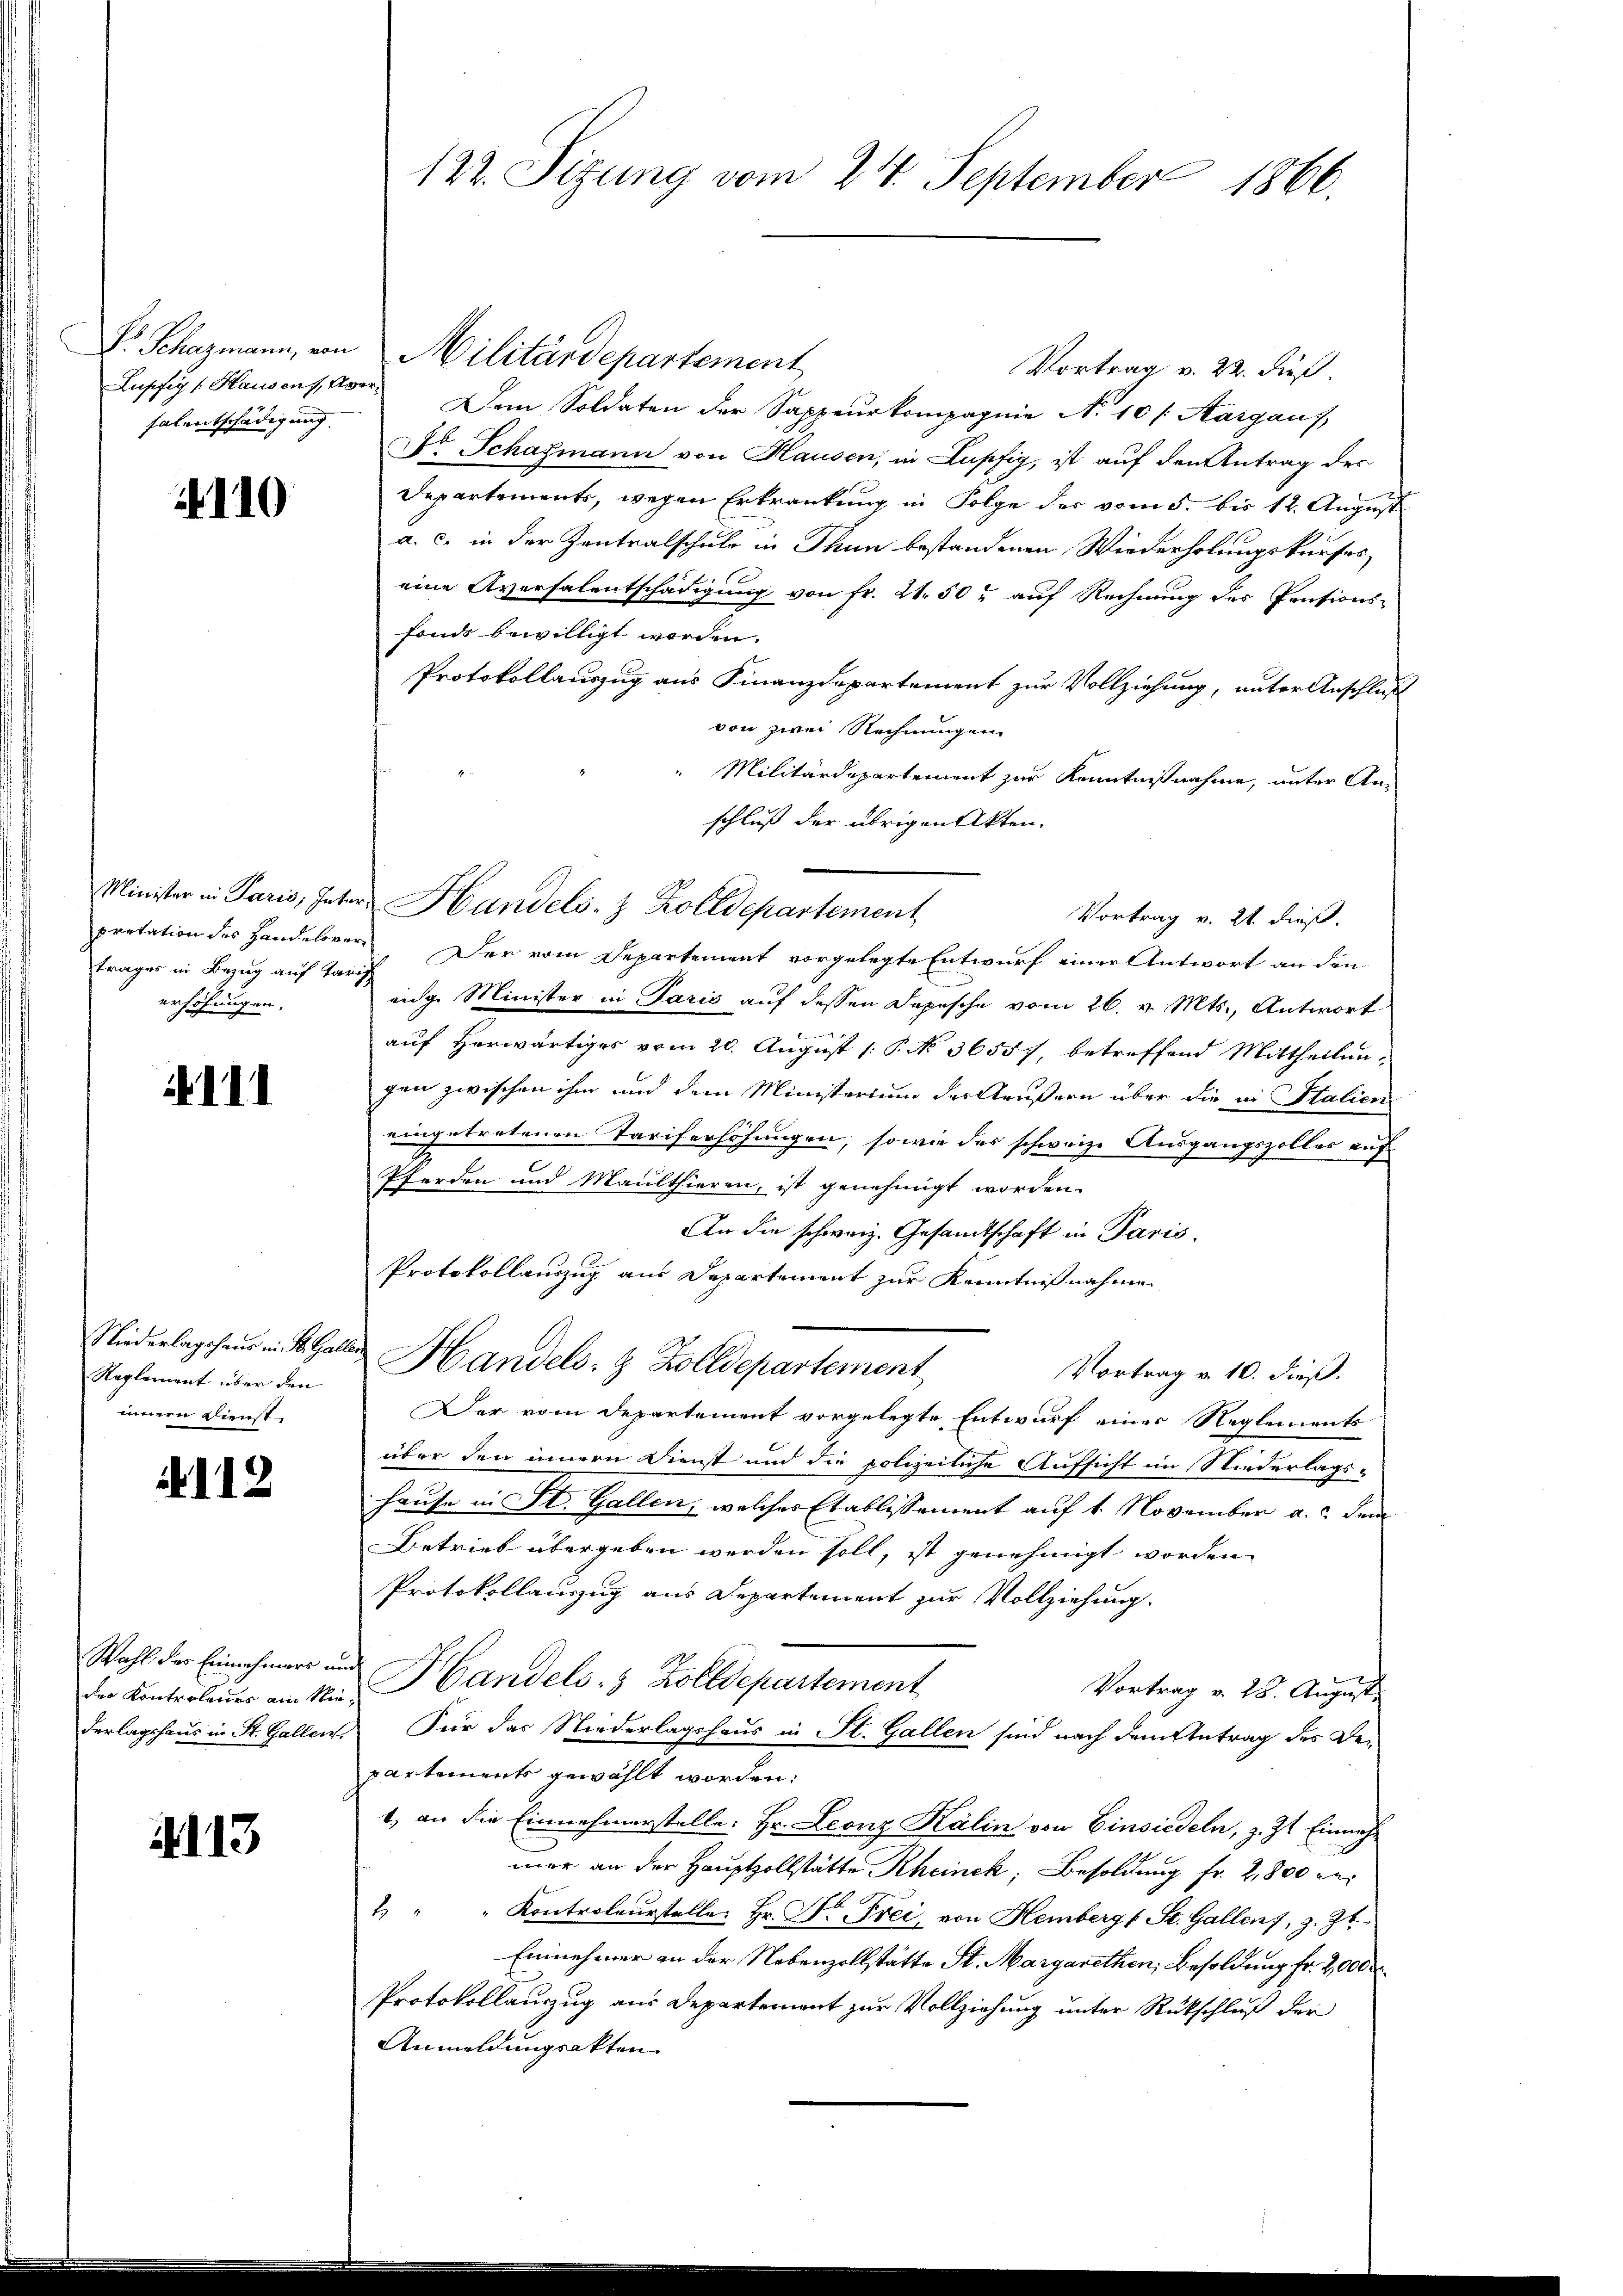
falentschädigung

2110

trages in Bezug auf Tarif
erhöhungen.

d. II.

Reglement über den
innern Dienst

112

Wahl das Einnehmers und

4113

Vortrag v. 22. Fuß.
Lupfig (Hausen. Aber Dem Soldaten der Sappeurkompagnie N. 10 s. Aargaus,
Ddo Schafmann von Hausen, in Lupfig, ist auf den Antrag des
Departements, wegen Erkrankung in Folge des vom 5. bis 12. August
a. c. in der Zentralschuld in Thun bestandenen Wiederholungskurses
eine Aversalentschädigung von Fr. 24. 50 auf Rechnung des Pensions-
fonds bewilligt worden.
Protokollauszug aus Finanzdepartement zur Vollziehung, unter Anschluß
von zwei Rechnungen
Militärdepartement zur Kenntnißnahme, unter An-
schluß der übrigen Akten.
Minister in Paris, Inter Handels- & Zolldepartement
Vortrag v. 21. dieß.
pretation des Handelerer Der vom Departement vorgelegte Entwurf einer Antwort an den
eige Minister in Paris auf dessen Depesche vom 26. v. Mts., Antwort
auf herwärtiges vom 20. August [ P. No. 36557, betreffend Mittheilungen zwischen ihm und dem Ministerium der Aeußern über die in Italien
eingetretenen Tariferhöhungen, sowie des schweize Ausgangszolles auf
Pferden und Maulthieren, ist genehmigt worden.
An die schweiz. Gesandtschaft in Paris
Protokollauszug aus Departement zur Kenntnißnahmen
Niederlagshaus in St. Galler Handels- & Zolldepartement
Vortrag v. 10. dieß.
Der vom Departement vorgelegte Entwurf einer Reglements
über den innern Dienst und die polizeiliche Aufsicht im Niederlags¬
Hause in St. Gallen, welches Etablissement auf 1. November a. dem
Betrieb übergeben werden soll, ist genehmigt worden.
Protokollauszug aus Departement zur Vollziehung.
der Kontroleuer am Ne Handels- & Zolldepartement
Vortrag v. 28. August.
derlagshaus in St. Gallen Für das Niederlagshaus in St. Gallen sind nach dem Antrag des Departements gewählt worden.
1. an die Einnehmerstelle: Hr. Leonz Kälin von Einsiedeln, z. Zt. Einnehmar an der Hauptzollstätte Rheinek, Besoldung fr. 2800 der
4 " " Kontroleurstelle. Hr. Dr. Frei, von Hemberg (St. Gallen), z. Zt.
Einnehmer an der Nebenzollstätte St. Margarethen, Besoldung fr. 2,000
Protokollauszug aus Departement zur Vollziehung unter Rückschluß der
Anmeldungsakten

122. Sizung vom 24. September 1866.

Dr. Schazmann, von Militärdepartement